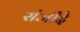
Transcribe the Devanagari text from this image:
संजीदे